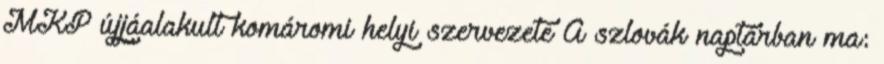
MKP újjáalakult komáromi helyi szervezete A szlovák naptárban ma: